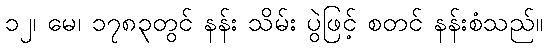
၁၂၊ မေ၊ ၁၇၈၃တွင် နန်း သိမ်း ပွဲဖြင့် စတင် နန်းစံသည်။